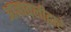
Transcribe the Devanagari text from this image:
आज्ञावलीद्वारे